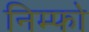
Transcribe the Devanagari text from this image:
निम्फो